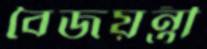
বৈজয়ন্তী